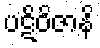
ပဋိဝိဇာနိ